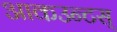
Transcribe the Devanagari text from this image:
आकउन्टस्